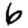
Digit: 6